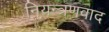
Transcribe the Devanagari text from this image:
नियन्त्रणवाद